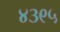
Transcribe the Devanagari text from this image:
४३९५